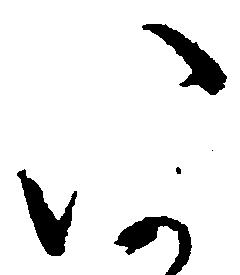
い